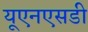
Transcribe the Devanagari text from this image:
यूएनएसडी